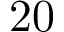
2 0